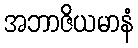
အဘာဇိယမာနံ